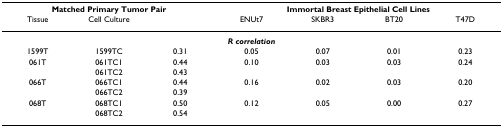
<table><thead><tr><td colspan="3"><b>Matched Primary Tumor Pair</b></td><td colspan="4"><b>Immortal Breast Epithelial Cell Lines</b></td></tr><tr><td><b>Tissue</b></td><td><b>Cell Culture</b></td><td>[EMPTY_CELL]</td><td><b>ENUt7</b></td><td><b>SKBR3</b></td><td><b>BT20</b></td><td><b>T47D</b></td></tr></thead><tbody><tr><td colspan="7"><b><i>R correlation</i></b></td></tr><tr><td>1599T</td><td>1599TC</td><td>0.31</td><td>0.05</td><td>0.07</td><td>0.01</td><td>0.23</td></tr><tr><td>061T</td><td>061TC1</td><td>0.44</td><td>0.10</td><td>0.03</td><td>0.03</td><td>0.24</td></tr><tr><td>[EMPTY_CELL]</td><td>061TC2</td><td>0.43</td><td>[EMPTY_CELL]</td><td>[EMPTY_CELL]</td><td>[EMPTY_CELL]</td><td>[EMPTY_CELL]</td></tr><tr><td>066T</td><td>066TC1</td><td>0.44</td><td>0.16</td><td>0.02</td><td>0.03</td><td>0.20</td></tr><tr><td>[EMPTY_CELL]</td><td>066TC2</td><td>0.39</td><td>[EMPTY_CELL]</td><td>[EMPTY_CELL]</td><td>[EMPTY_CELL]</td><td>[EMPTY_CELL]</td></tr><tr><td>068T</td><td>068TC1</td><td>0.50</td><td>0.12</td><td>0.05</td><td>0.00</td><td>0.27</td></tr><tr><td>[EMPTY_CELL]</td><td>068TC2</td><td>0.54</td><td>[EMPTY_CELL]</td><td>[EMPTY_CELL]</td><td>[EMPTY_CELL]</td><td>[EMPTY_CELL]</td></tr></tbody></table>